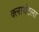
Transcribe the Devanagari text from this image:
क्लायंटला